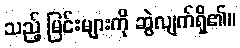
သည့် မြင်းများကို ဆွဲလျက်ရှိ၏။